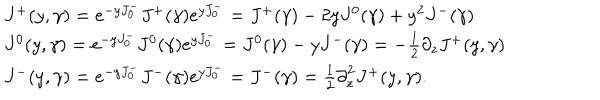
LaTeX: \begin{array} { l c r } { { J ^ { + } ( y , \gamma ) = e ^ { - y J _ { 0 } ^ { - } } J ^ { + } ( \gamma ) e ^ { y J _ { 0 } ^ { - } } = J ^ { + } ( \gamma ) - 2 y J ^ { 0 } ( \gamma ) + y ^ { 2 } J ^ { - } ( \gamma ) } } \\ { { J ^ { 0 } ( y , \gamma ) = e ^ { - y J _ { 0 } ^ { - } } J ^ { 0 } ( \gamma ) e ^ { y J _ { 0 } ^ { - } } = J ^ { 0 } ( \gamma ) - y J ^ { - } ( \gamma ) = { - { \frac { 1 } { 2 } } } { \partial _ { z } } J ^ { + } ( y , \gamma ) } } \\ { { J ^ { - } ( y , \gamma ) = e ^ { - y J _ { 0 } ^ { - } } J ^ { - } ( \gamma ) e ^ { y J _ { 0 } ^ { - } } = J ^ { - } ( \gamma ) = { \frac { 1 } { 2 } } { { \partial } _ { z } ^ { 2 } } J ^ { + } ( y , \gamma ) . } } \\ \end{array}